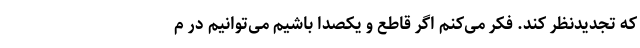
که تجدیدنظر کند. فکر می‌کنم اگر قاطع و یکصدا باشیم می‌توانیم در م